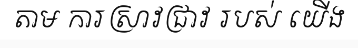
តាម ការស្រាវជ្រាវ របស់ យើង